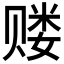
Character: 𲃅